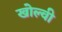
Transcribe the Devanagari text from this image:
खोल्वी